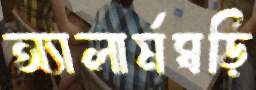
অ্যালার্মঘড়ি